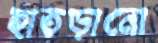
হাতড়ানো